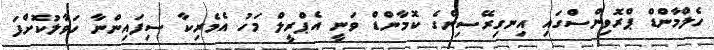
ހެލްމާންޑް ޕްރޮވިންސްގައި އިނގިރޭސިންގެ ކޮމާންޑް ވަނީ އެޕްރީލް މަހު އެމެރިކާ ސިފައިންނާ ހަވާލުކޮށްފަ